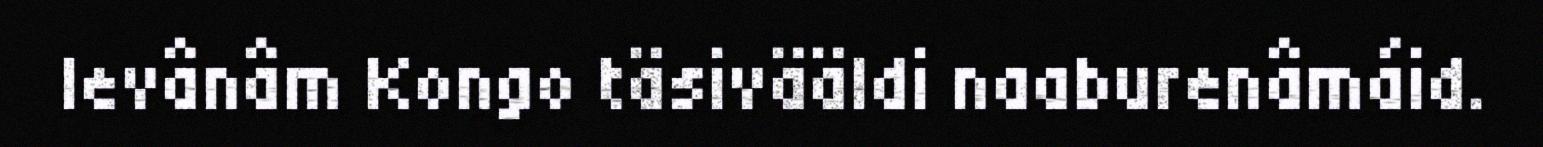
levânâm Kongo täsivääldi naaburenâmáid.